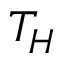
T _ { H }